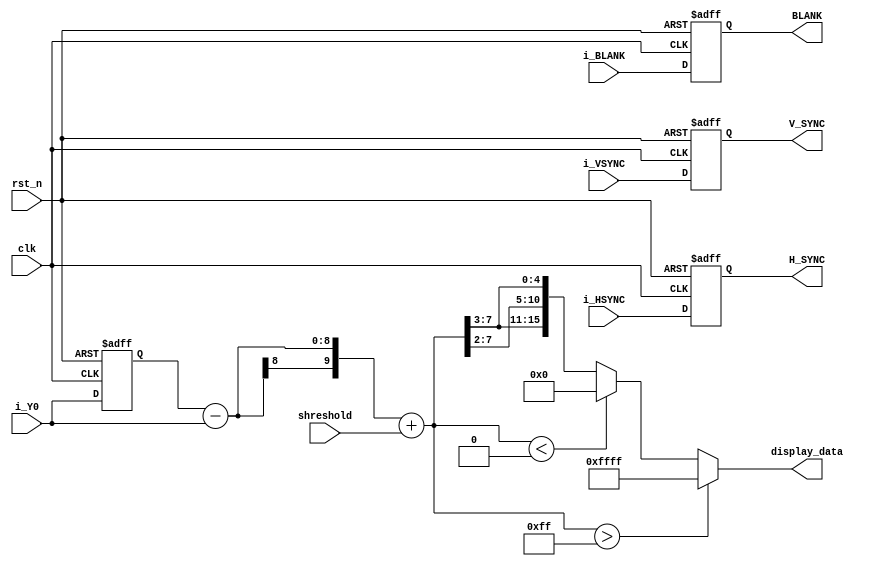
`timescale 1ns / 1ps
//////////////////////////////////////////////////////////////////////////////////
// Company: 
// Engineer: 
// 
// Design Name: 
// Module Name: EMBOSS
// Project Name: 
// Target Devices: 
// Tool Versions: 
// Description: 
// 
// Dependencies: 
// 
// Revision:
// Revision 0.01 - File Created
// Additional Comments:
// 
//////////////////////////////////////////////////////////////////////////////////


module EMBOSS(
  input clk,
  input [7:0] shreshold,
  input rst_n,
  input i_HSYNC,
  input i_VSYNC,
  input i_BLANK,
  input [7:0] i_Y0,
  output reg H_SYNC,
  output reg V_SYNC,
  output reg BLANK,
  output reg [15:0] display_data
    );
  wire signed [9:0] emboss_value;
  reg [7:0] r_Y0;

  always @(posedge clk or negedge rst_n) begin
      if(!rst_n) begin
        r_Y0 <= 8'b0;
      end
      else begin
        r_Y0 <= i_Y0;
      end
  end

  assign emboss_value = r_Y0 - i_Y0 + shreshold;

  always @(*) begin
      if(emboss_value > 255) begin
        display_data = 16'hffff;
      end
      else if(emboss_value < 0) begin
        display_data = 16'b0;
      end
      else begin
        display_data = {emboss_value[7:3], emboss_value[7:2], emboss_value[7:3]};
      end
  end


  always @(posedge clk or negedge rst_n) begin
      if(!rst_n) begin
        H_SYNC <= 1'b0;
        V_SYNC <= 1'b0;
        BLANK <= 1'b0;
      end
      else begin
        H_SYNC <= i_HSYNC;
        V_SYNC <= i_VSYNC;
        BLANK <= i_BLANK;
      end
  end
endmodule